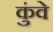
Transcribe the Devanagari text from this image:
कुंवे